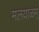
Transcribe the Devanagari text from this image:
मलयाळम्